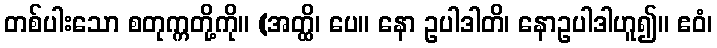
တစ်ပါးသော စတုက္ကတို့ကို။ (အတ္ထိ၊ ပေ။ နော ဥပါဒါတိ၊ နောဥပါဒါဟူ၍။ ဧဝံ၊